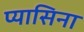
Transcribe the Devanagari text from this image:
प्यासिना